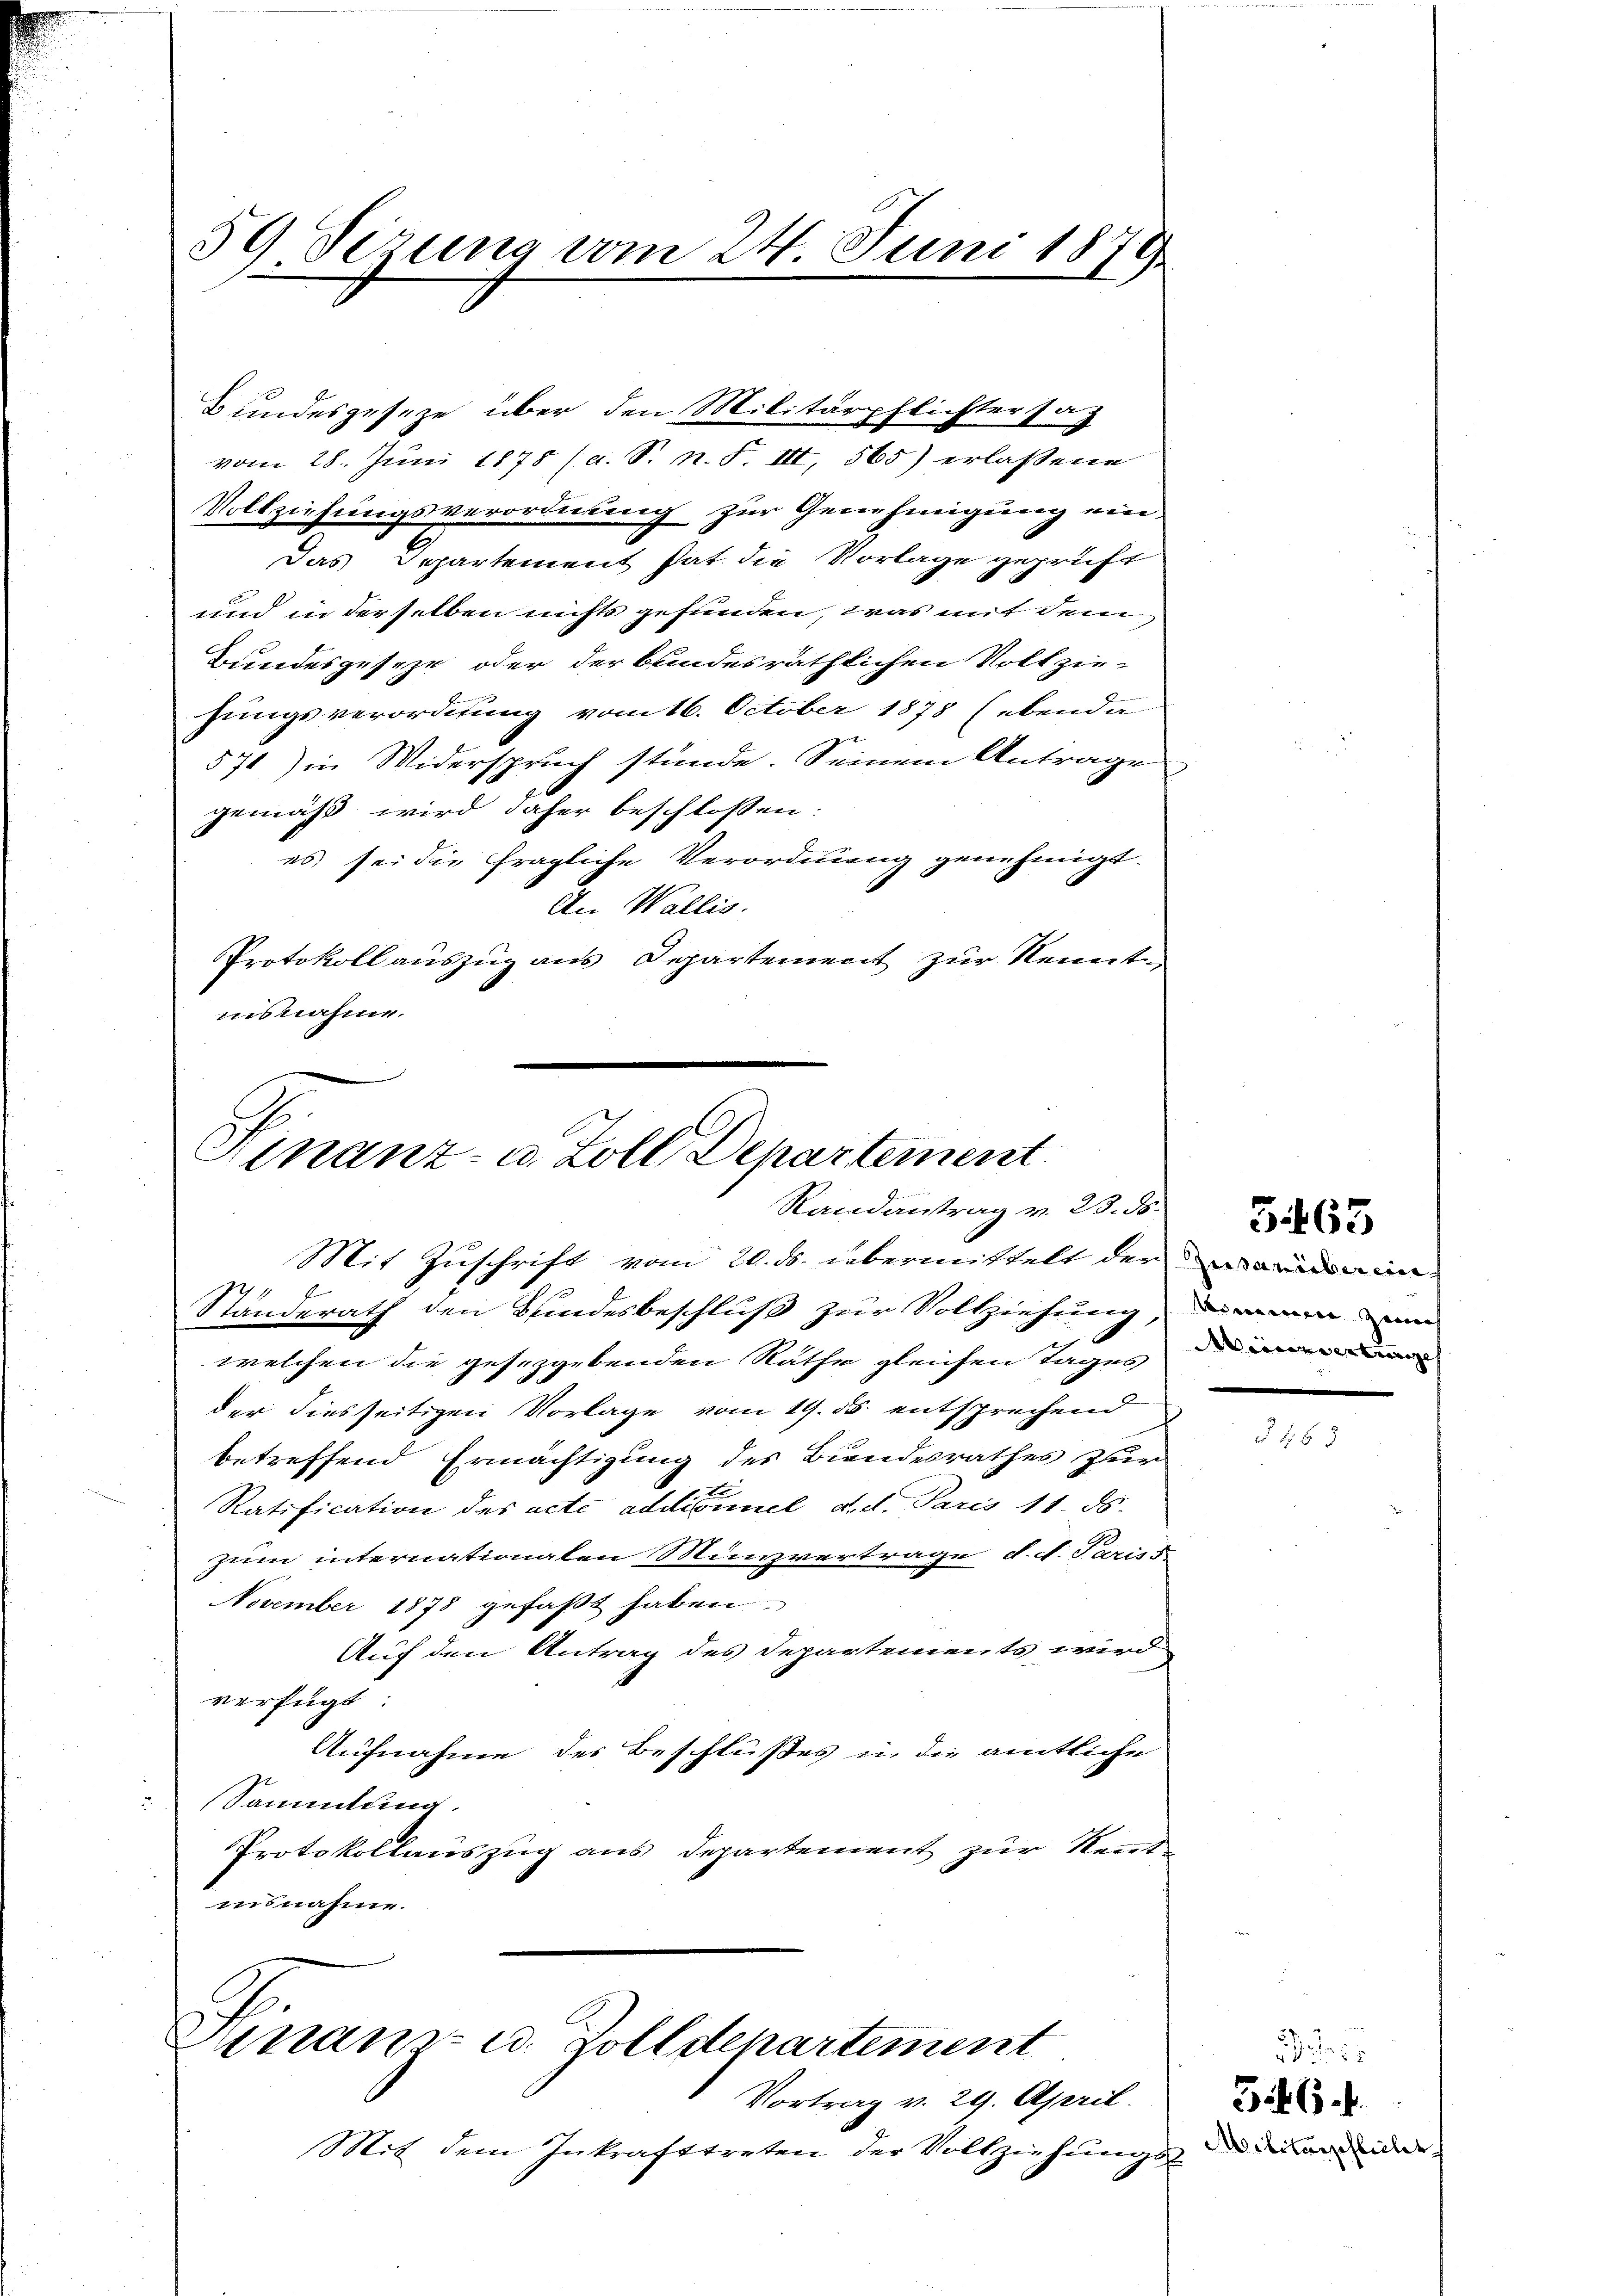
59 Sirung vom 24. Juni 1879
1
.

Vollziehungsverordnung zur Genehmigung ein¬
Das Departement hat. die Vorlage geprüft
und in derselben nichts gefunden, was mit dem
Bundesgeseze oder der bundesräthlichen Vollzie-
sungsverordnung vom 16. October 1878 (ebenda
571) in Widerspruch stünde. Seinem Antrage
gemäß wird daher beschlossen:
es sei die fragliche Verordnung genehmigt.
An Wallis.
Protokoll auszug aus Departement zur Kenntnisnahme.

welchen die gesezgebenden Rathe gleichen Tages
der diesseitigen Vorlage vom 19. 35. entsprechend
betreffend Ermächtigung des Bindesrathes zur
Ratification des acte addionel d. d. Paris 11. ds.
zum internationalen Minvertrage d. d. Pariss.
November 1878 gefaßt haben.
Auf den Antrag des Departements wird
verfügt
Aufnahme des Beschlußes in die amtliche
Sammlung.
Protokollauszug aus Departement zur Rentinsnahme.
Hinanz- u. Zolldepartement
Vortrag v. 29. April.
Mit dem Inkrafttreten der Vollziehungs-

Bundesgeseze über den Militärpflichtersag
vom 28. Juni 1878 (s. S. n. F. III, 565) erlassene

Finanz- u. Zoll, Departement
Randantrag v. 23. ds.
Mit Zuschrift vom 20. ds. übermittelt der Marien in
Standerath den Bundesbeschluß zur Vollziehung, dienen un

565

§ 463

t
546.
Militärschlicher